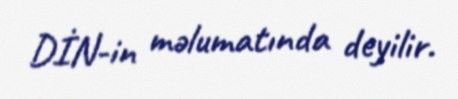
DİN-in məlumatında deyilir.